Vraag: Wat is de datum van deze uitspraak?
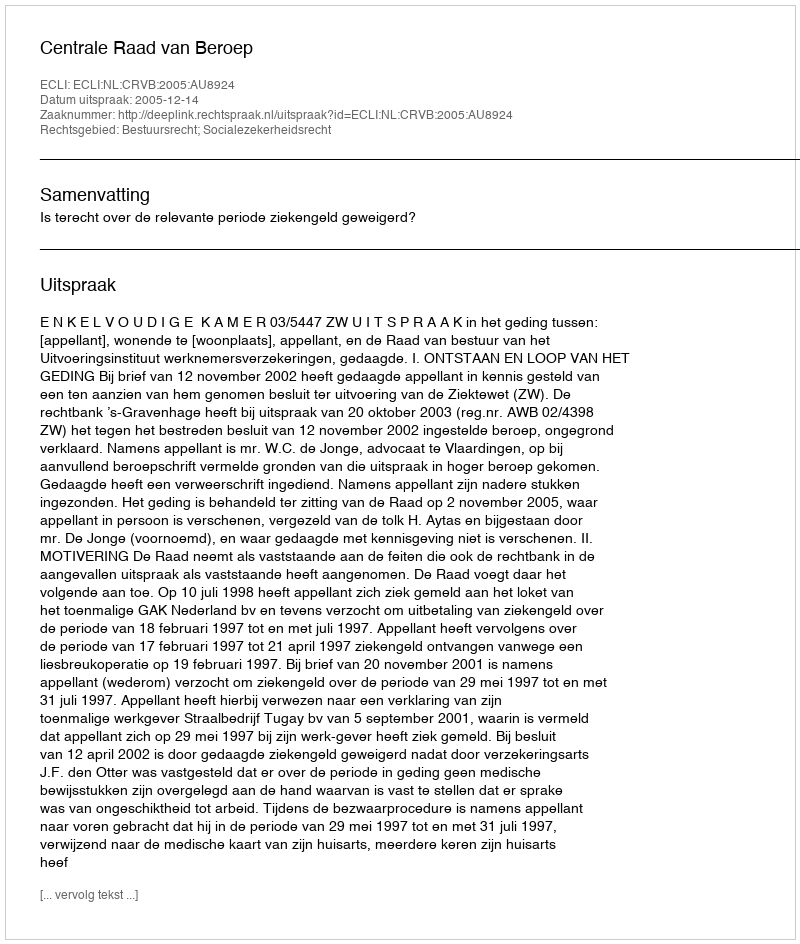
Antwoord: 2005-12-14